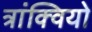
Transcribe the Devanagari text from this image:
त्रांक्वियो